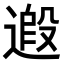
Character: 𨕶